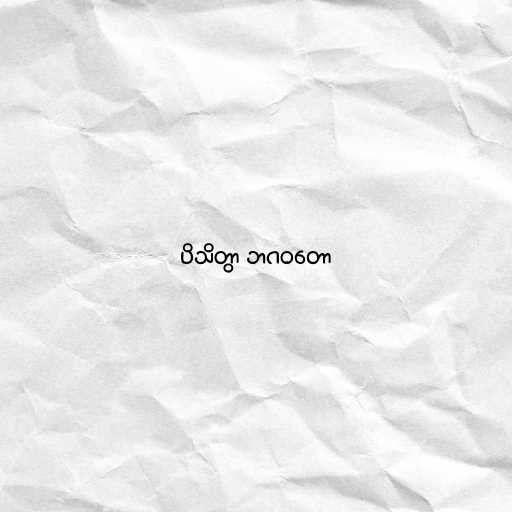
ပိသိတွာ ဘဂဝတော